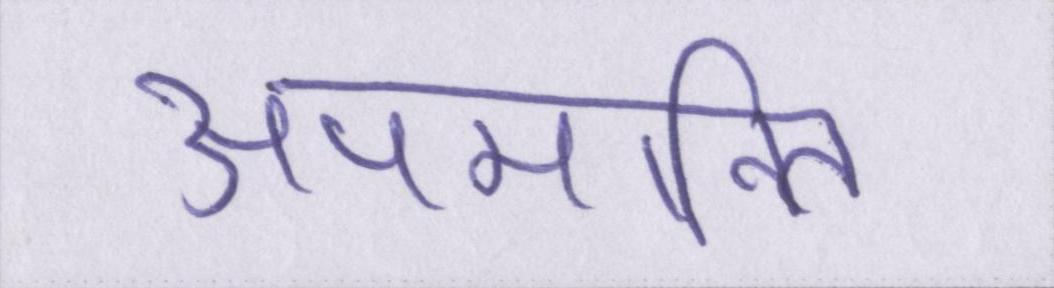
अपमानित